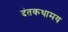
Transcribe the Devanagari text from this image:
दंतकथामय